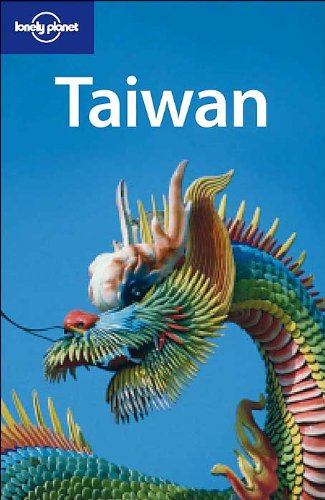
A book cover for Taiwan (Lonely Planet Taiwan); Andrew Bender; Travel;